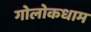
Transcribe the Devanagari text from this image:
गोलोकधाम